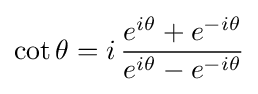
\cot \theta =i\,{\frac {e^{i\theta }+e^{-i\theta }}{e^{i\theta }-e^{-i\theta }}}